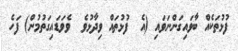
ފުޅުތަކެއް ބާވައިގަންނަވައި (އެ  ފުޅުތައް ވިދާޅުވެ  ވެވަޑައިގަތުމުން) ފަހެ